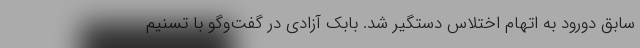
سابق دورود به اتهام اختلاس دستگیر شد. بابک آزادی در گفت‌وگو با تسنیم